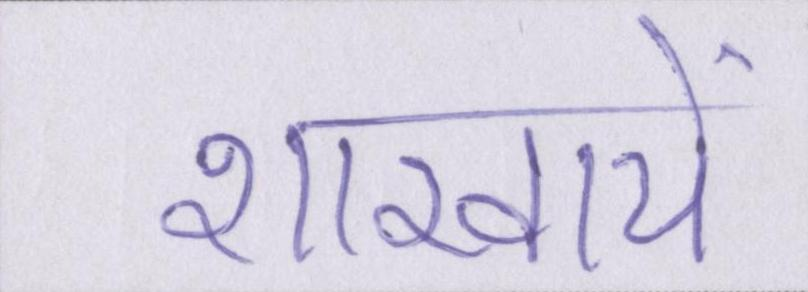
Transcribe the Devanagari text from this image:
शाखायें